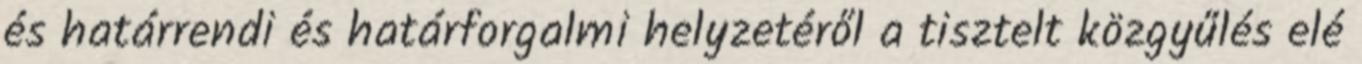
és határrendi és határforgalmi helyzetéről a tisztelt közgyűlés elé